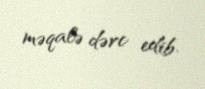
məqalə dərc edib.